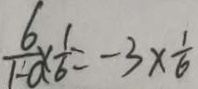
\frac { 6 } { 1 - a } \times \frac { 1 } { 6 } = - 3 \times \frac { 1 } { 6 }